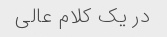
در یک کلام عالی